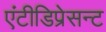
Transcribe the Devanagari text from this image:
एंटीडिप्रेसन्ट